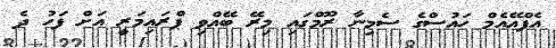
އެފްއޭއެމް ހައުސްގެ ސެމިނާ ރޫމްގައި މިރޭ ބޭއްވި ޕްރައިމަރީ އަށް ފަހު ދެ